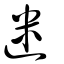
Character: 迷